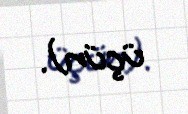
üçün).